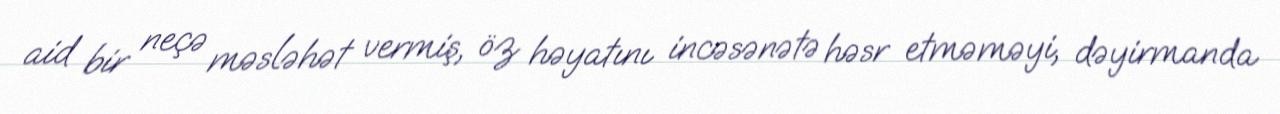
aid bir neçə məsləhət vermiş, öz həyatını incəsənətə həsr etməməyi, dəyirmanda